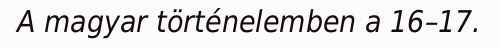
A magyar történelemben a 16–17.